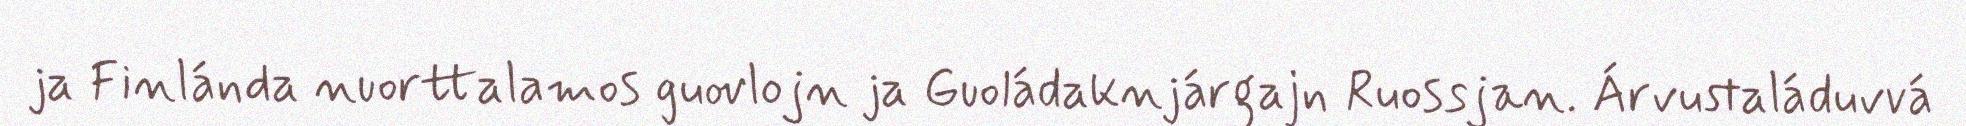
ja Finlánda nuorttalamos guovlojn ja Guoládaknjárgajn Ruossjan. Árvustaláduvvá